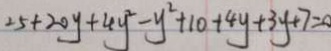
2 5 + 2 0 y + 4 y ^ { 2 } - y ^ { 2 } + 1 0 + 4 y + 3 y + 7 = 0